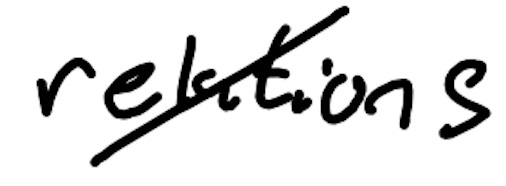
Text: relations
Cross-out: diagonal
Writing tool: digital_black